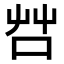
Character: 𠱭